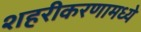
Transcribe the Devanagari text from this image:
शहरीकरणामध्ये